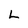
Character: L